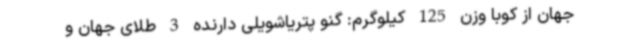
جهان از کوبا وزن 125 کیلوگرم: گنو پتریاشویلی دارنده 3 طلای جهان و